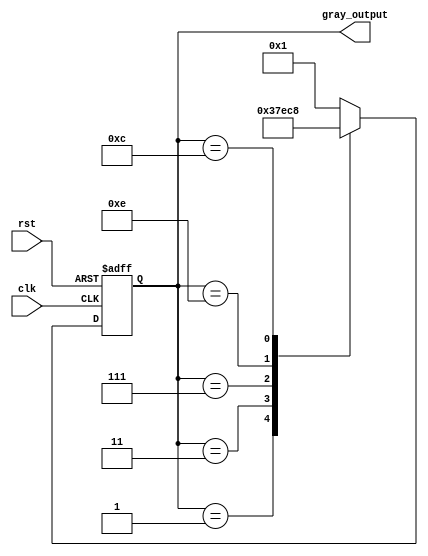
module johnson_gray_counter(
    input wire clk,
    input wire rst,
    output reg [3:0] gray_output
);

reg [3:0] counter_reg;

always @(posedge clk or posedge rst) begin
    if (rst) begin
        counter_reg <= 4'b0001;
    end else begin
        case(counter_reg)
            4'b0001: counter_reg <= 4'b0011;
            4'b0011: counter_reg <= 4'b0111;
            4'b0111: counter_reg <= 4'b1110;
            4'b1110: counter_reg <= 4'b1100;
            4'b1100: counter_reg <= 4'b1000;
            4'b1000: counter_reg <= 4'b0001;
            default: counter_reg <= 4'b0001;
        endcase
    end
end

assign gray_output = counter_reg;

endmodule